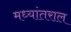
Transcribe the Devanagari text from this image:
मध्यांतराल